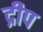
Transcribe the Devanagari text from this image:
द्रीप